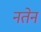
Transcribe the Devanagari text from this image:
नतेन